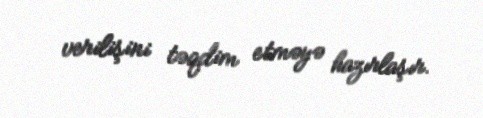
verilişini təqdim etməyə hazırlaşır.